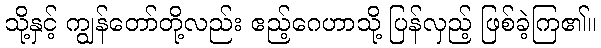
သို့နှင့် ကျွန်တော်တို့လည်း ဧည့်ဂေဟာသို့ ပြန်လှည့် ဖြစ်ခဲ့ကြ၏။